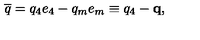
\overline { { q } } = q _ { 4 } e _ { 4 } - q _ { m } e _ { m } \equiv q _ { 4 } - \mathbf { q } ,